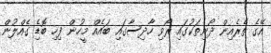
އޭގެ ތެރެއިން ދޯނިތަކުގައި ރޯވި ހާދިސާގައި ބައެއް މީހުން ފިހި ބޮޑެި ގެއްލުން